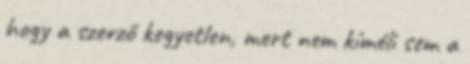
hogy a szerző kegyetlen, mert nem kíméli sem a